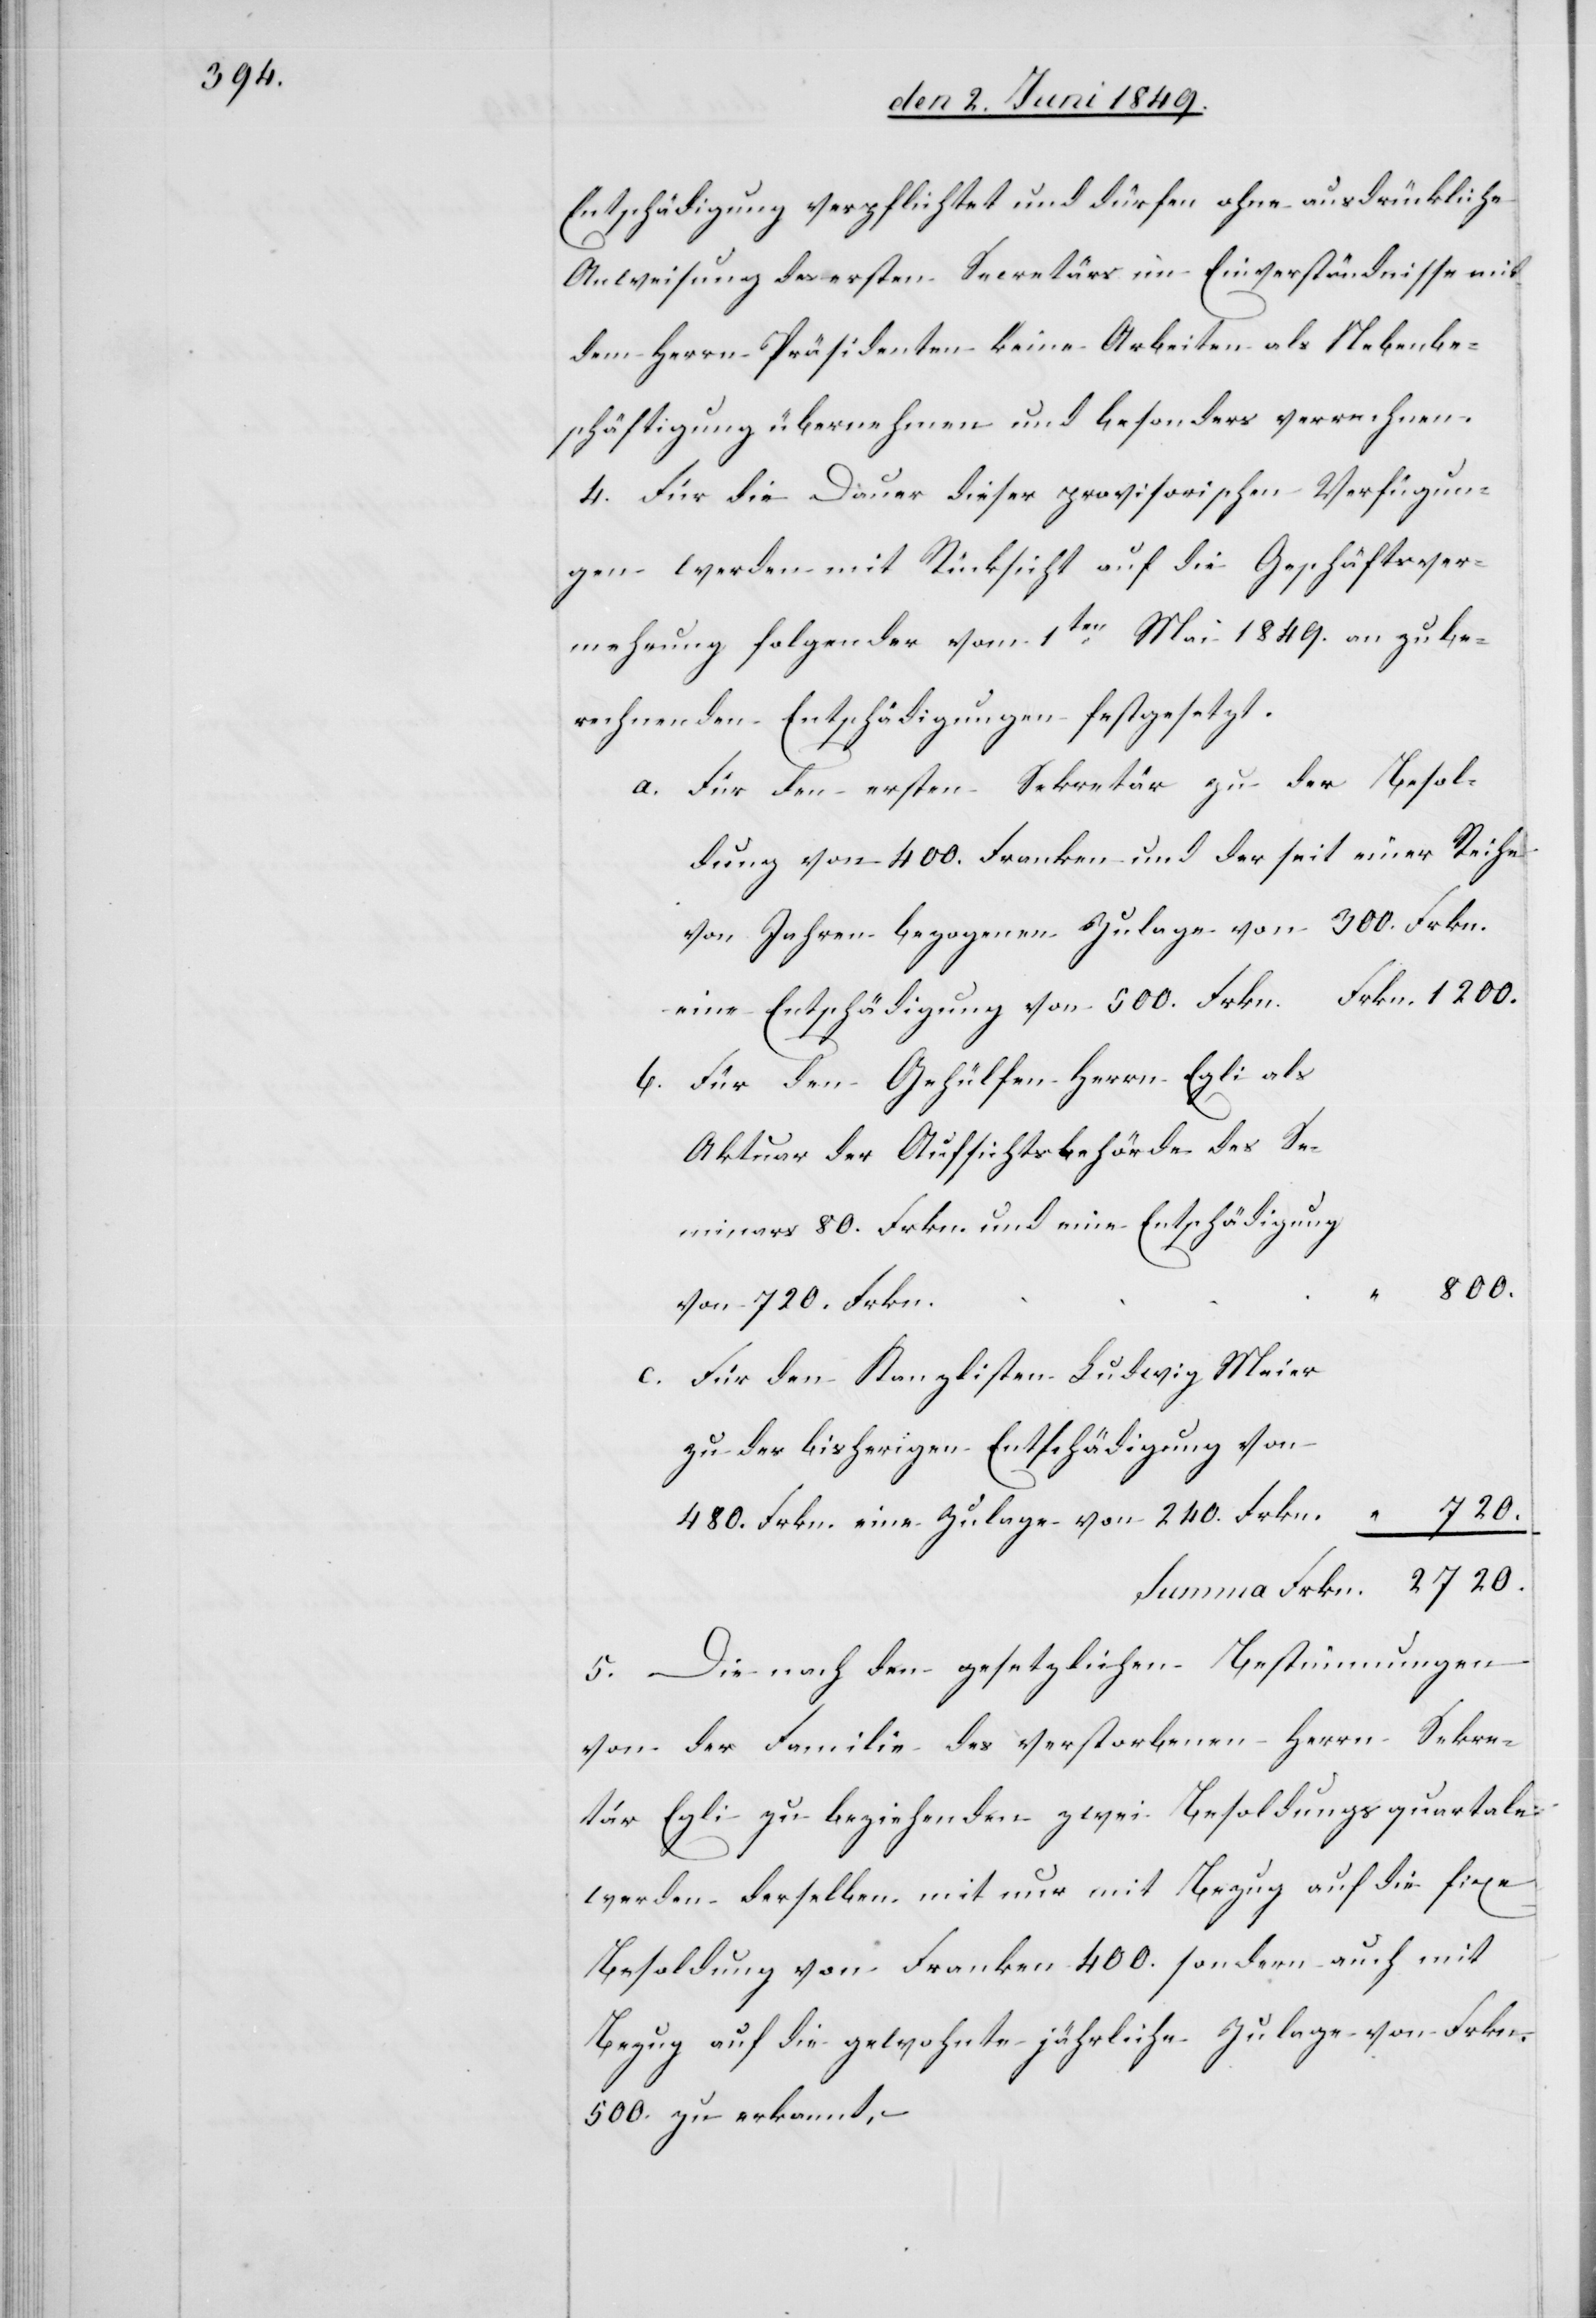
Entschädigung verpflichtet und dürfen ohne ausdrückliche
Anweisung des ersten Secretär im Einverständnisse mit
dem Herrn Präsidenten keine Arbeiten als Nebenbe¬
schäftigung übernehmen und besonders verrechnen.
4. Für die Dauer dieser provisorischen Verfügun¬
gen werden mit Rücksicht auf die Geschäftsver¬
mehrung folgender vom 1ten Mai 1849. an zu be¬
rechnenden Entschädigungen festgesetzt.
a. Für den ersten Sekretär zu der Besol¬
dung von 400. Franken und der seit einer Reihe
von Jahren bezogenen Zulage von 300. Frkn.
eine Entschädigung von 500. Frkn.	Frkn.	1 200.
b. Für den Gehülfen Herrn Egli als
80.
eine
von 720. Frkn.
c. Für den Kanzlisten Ludwig Meier
480. Frkn. eine Zulage von 240. Frkn.	 “	720.
Summe Frkn.	 	2 720.
5. Die nach den gesetzlichen Bestimmungen
von der Familie des verstorbenen Herrn Sekre¬
tär Egli zu beziehenden zwei Besoldungsquartale
werden derselben mit nur mit Bezug auf die fixe
Besoldung von Franken 400. sondern auch mit
Bezug auf die gewohnte jährliche Zulage von Frkn.
500. zu erkannt. –